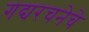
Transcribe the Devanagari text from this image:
गद्यरचनेचे